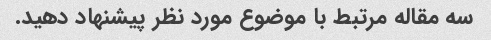
سه مقاله مرتبط با موضوع مورد نظر پیشنهاد دهید.